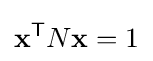
\mathbf {x} ^{\mathsf {T}}N\mathbf {x} =1